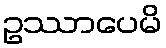
ဥဿာပေမိ